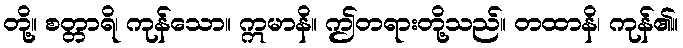
တို့။ စတ္တာရိ၊ ကုန်သော။ ဣမာနိ။ ဤတရားတို့သည်။ တထာနိ၊ ကုန်၏။